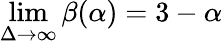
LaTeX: \operatorname*{lim}_{\Delta\rightarrow\infty}\beta(\alpha)=3-\alpha